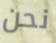
نحن